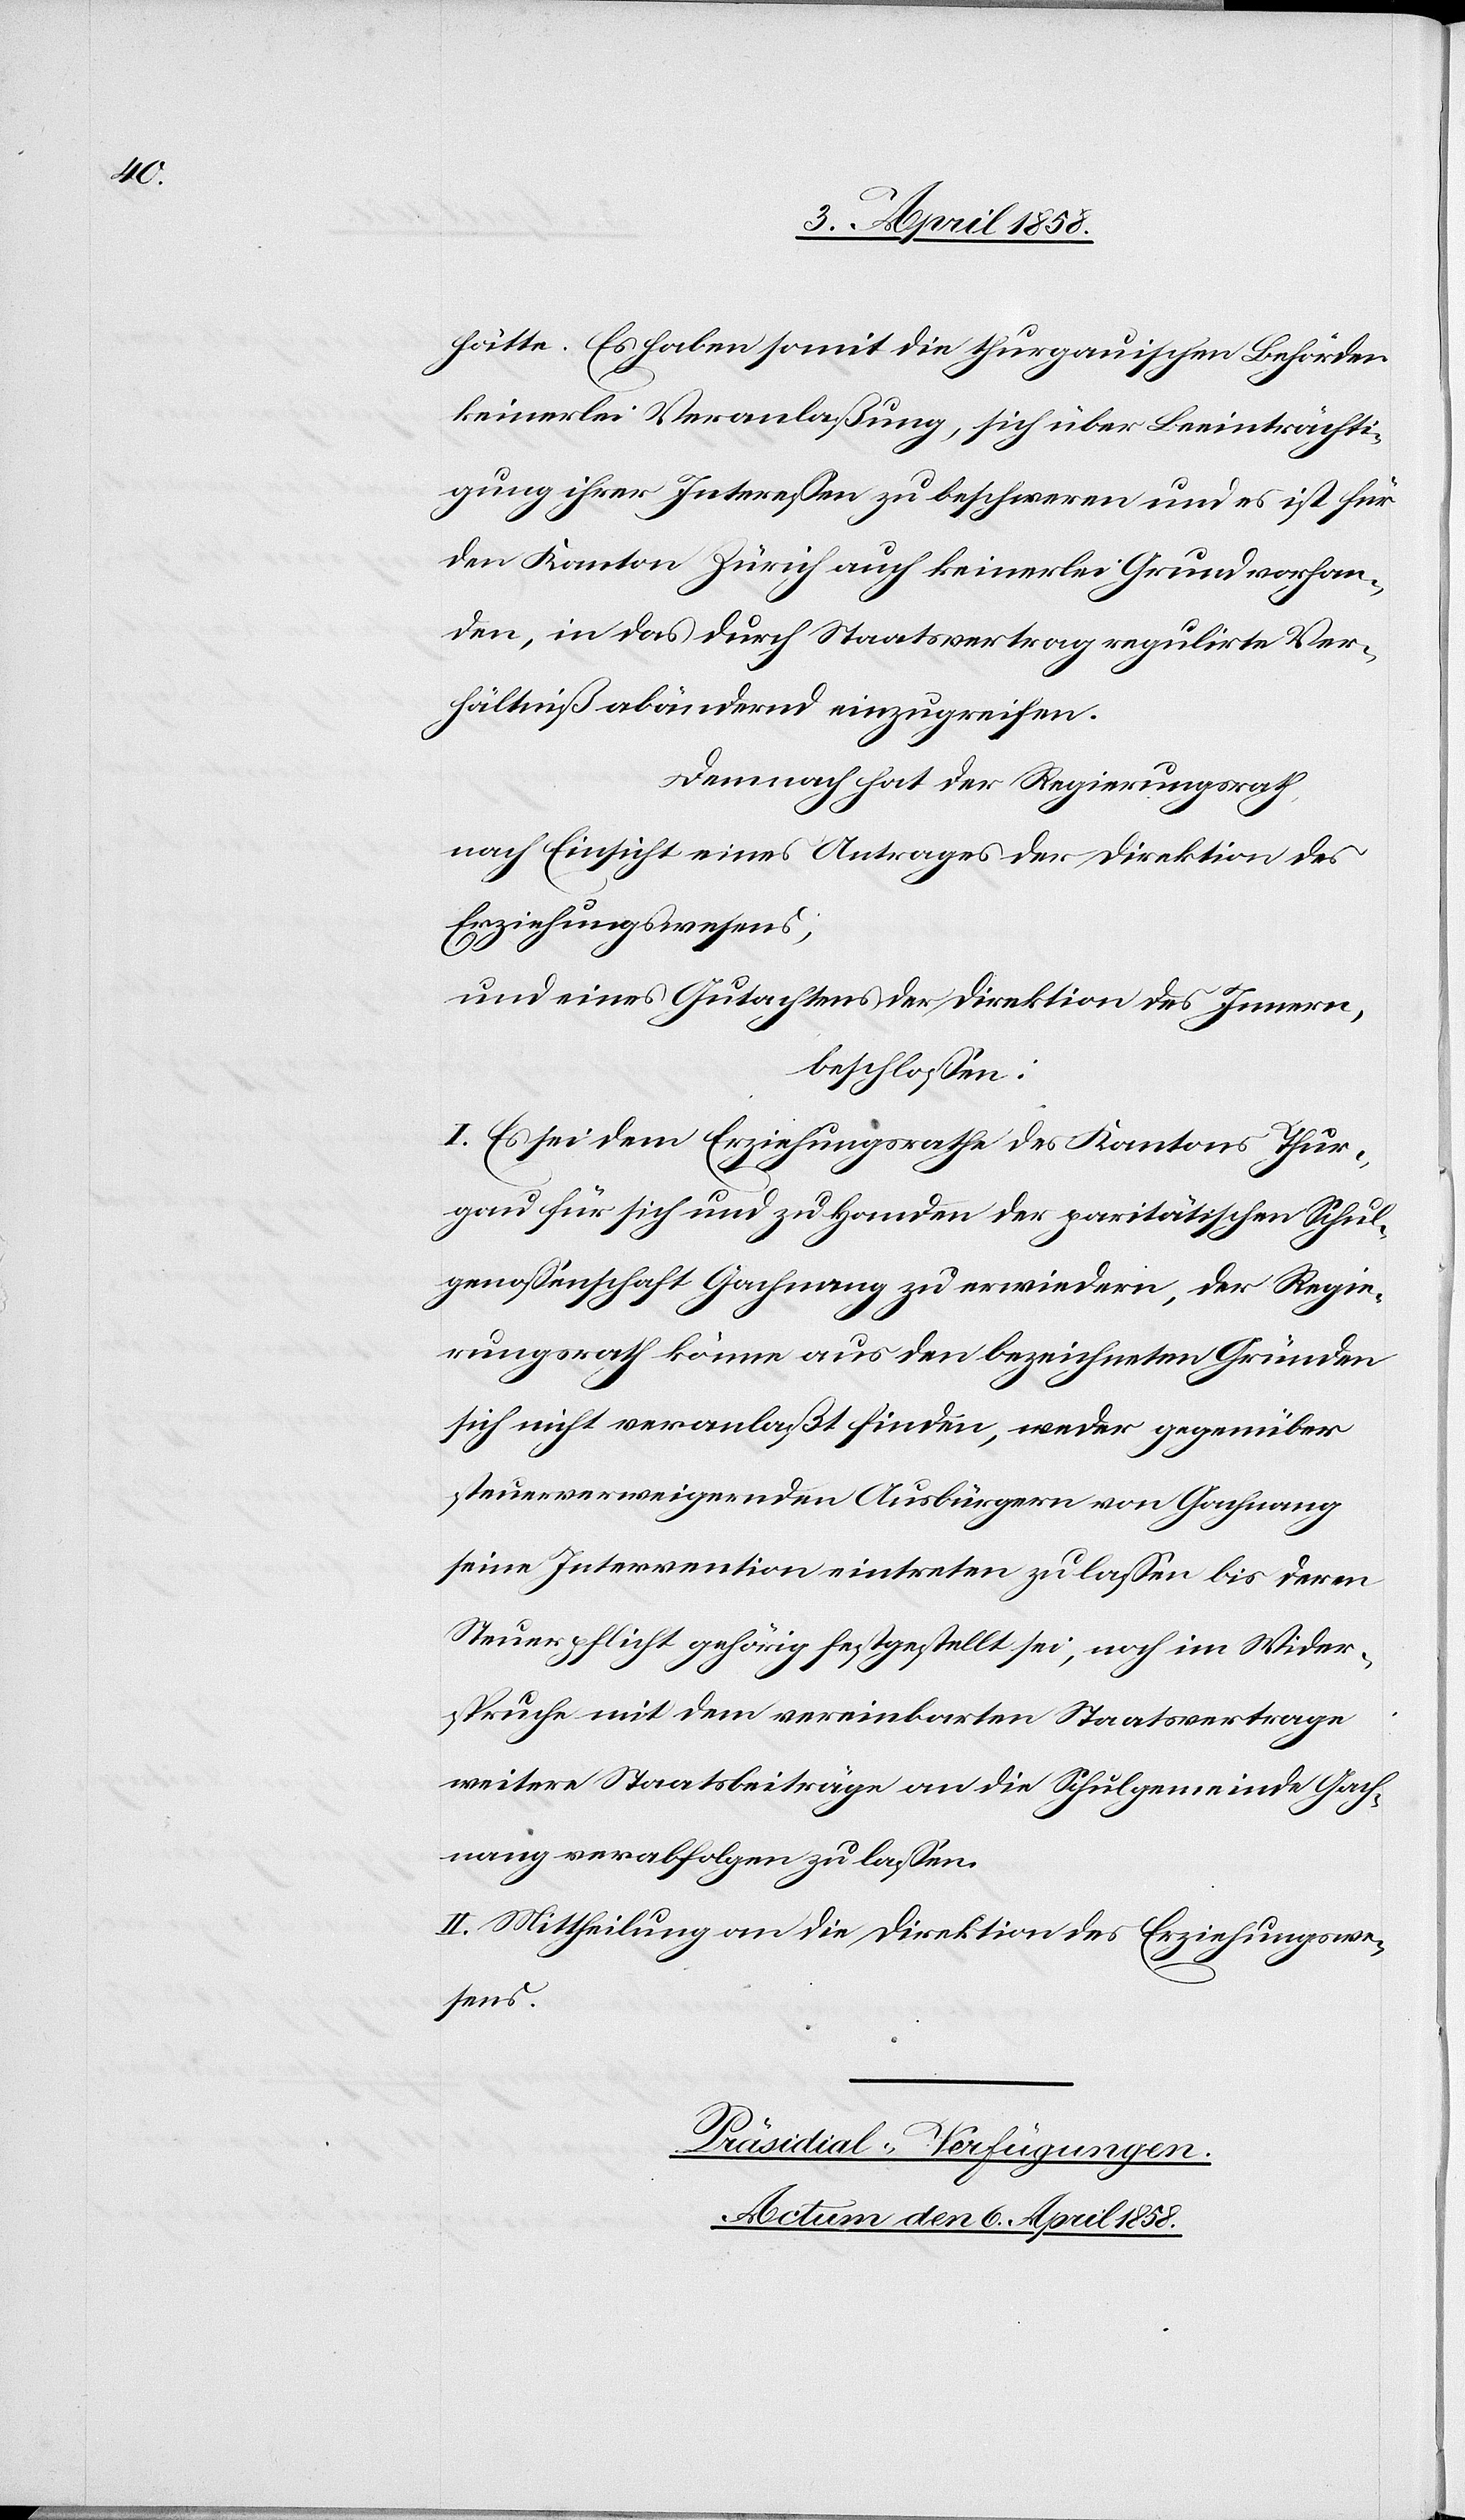
hätte. Es haben somit die thurgauischen Behörden
keinerlei Veranlaßung, sich über Beeinträchti¬
gung ihrer Interessen zu beschweren und es ist für
den Kanton Zürich auch keinerlei Grund vorhan¬
den, in das durch Staatsvertrag regulirte Ver¬
hältniß abändernd einzugreifen.
Demnach hat der Regierungsrath,
nach Einsicht eines Antrages der Direktion des
Erziehungswesens,
und eines Gutachtens der Direktion des Innern,
beschlossen:
I. Es sei dem Erziehungsrathe des Kantons Thur¬
gau für sich und zu Handen der paritätischen Schul¬
genossenschaft Gachnang zu erwiedern, der Regie¬
rungsrath könne aus den bezeichneten Gründen
sich nicht veranlaßt finden, weder gegenüber
steuerverweigernden Ausbügern von Gachnang
seine Intervention eintreten zu lassen bis deren
Steuerpflicht gehörig festgestellt sei, noch im Wider¬
spruche mit dem vereinbarten Staatsvertrage
weitere Staatsbeiträge an die Schulgemeinde Gach¬
nang verabfolgen zu lassen.
II. Mittheilung an die Direktion des Erziehungswe¬
sens.
Präsidial-Verfügungen.
Actum den 6. April 1858.